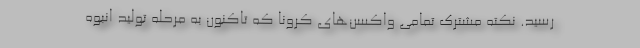
رسید. نکته مشترک تمامی واکسن‌های کرونا که تاکنون به مرحله تولید انبوه